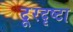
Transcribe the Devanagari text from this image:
दूरदृष्टा